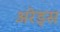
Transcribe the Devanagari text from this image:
अरेड्स